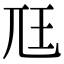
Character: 尫